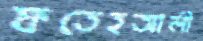
ফতেহআলী